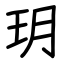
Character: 玥